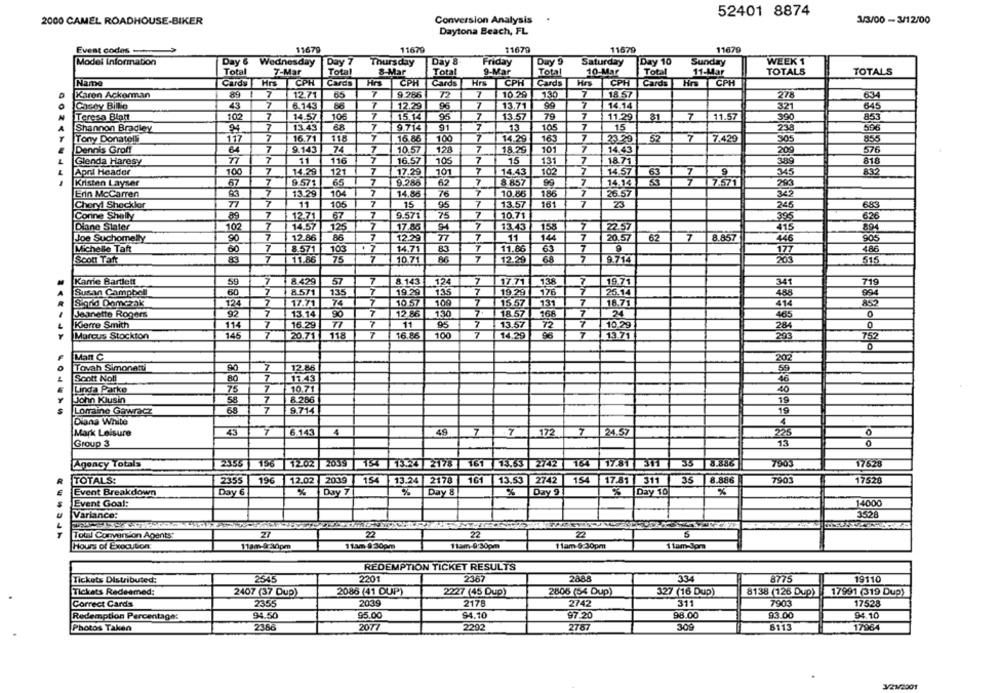
52401 8874
2000 CAMEL ROADHOUSE-BIKER
Conversion Analysis
3/3/00 - 3/12/00
Daytona Beach, FL
Event codes -
11679
11679
11679
11679
11679
Model Information
Day 6 Wednesday
Day 7
Thursday
Day 8
Friday
Dury 9
Saturday
Day 10
Sunday
WEEK 1
Total
7-Mar
Total
8-Mar
Total
9-Mar
Total
10-Mar
Total
11-Mar
TOTALS
TOTALS
Name
Cards |Hrs
CPH
Cards
Hrs CPH
Cards
Hrs
CPH
Cards
Hes CPH Cards Hrs CPH
Karen Ackerman
89
7
12.71
65
7
9 286
7
10.29
130
7
18 57
278
634
7
7
7
Casey Billie
43
6.143
86
12.29
96
13.71
99
14.14
321
Teresa Blatt
102
7
14.57
106
7
15.14
95
7
13.57
79
7
11.29
31
7
11.57
390
853
Shannon Bradley
94
7
13.49
68
7
9.714
91
7
13
105
7
15
210
Tony Donatelli
117
7
16.71
118
7
16.86
100
7
14.29
163
7
23.29
52
7
7.429
205
Dennis Groff
64
7
9.143
74
7
10.57
128
7
18.29
101
7
14.43
200
576
77
7
11
116
7
16.57
105
7
15
7
18.71
Glenda Haresy
131
April Header
100
7
14.29
121
7
17.29
101
7
14.43
102
14.57
345
832
Kristen Layser
67
7
9.571
65
7
9.286
62
8 857
7
14.14
7
7.571
Enn McCarren
93
7
13.29
104
7
14.86
76
7
10.85
186
26.57
Cheryl Sheckler
77
7
11
105
7
15
95
7
13.57
161
7
23
683
89
7
7
9.571
75
7
10.71
Corine Shelly
12.71
67
Diane Stater
102
14.57
125
17.85
94
13.43
158
22.57
7
7
62
Joe Suchomelly
90
12.86
86
12.29
77
11
144
20.57
7
8.857
905
Michelle Taft
60
7
8.571
103
14.71
83
7
11.86
7
4.86
Scon Tatt
83
7
11.86
75
7
10.71
86
7
12.29
68
7
9.714
515
Karrie Bartlett
59
8.429
57
7
8.143
124
7
17.71
138
19.71
719
Susan Campbell
60
7
85/1
7
19 29
135
7
19.29
176
25.14
135
Sigrid Domczak
124
17.71
74
10 57
109
7
15.57
131
7
18.71
92
7
13.14
7
12 86
130
7.
7
2
Jeanette Rogers
90
18.57
168
0
Kierre Smith
114
7
16.29
77
7
11
95
7
13.57
72
7
10.29
Marcus Stockton
145
7
20.71 118
7
16.86
100
7
14.29
7
752
Man C
Tovah Simonetti
7
12.86
Scott Noll
7
11.43
7
10.71
Linda Parke
75
John Klusin
58
7
8.286
7
............
Lomaine Gawracz
9.714
Diana White
7
Mark Leisure
7
6.143
4
49
7
7
172
24.57
28
Group 3
Agency Totals
2355 196 12.02
2039 154 13.24 2178
161 15.63 2/42 164 17.81 311
33 8.886
176.28
2009
161
TOTALS:
2355
196
12.02
154
13.24
2178
13.53
2742
154
17.81 311
35
8.886
17528
Event Breakdown
Day 6
%
Day Z
%
Day 8
%
Day 9
% Day 10
%
Event Goal:
14000
3528
Variance:
27
22
22
22
5
Total Conversion Agents
Hours of Execution
11am-Granpm
11am 8:30pm
11am-0:30pm
1 1am-6:30pm
1 1am-Jor
REDEMPTION TICKET RESULTS
Tickets Distributed:
2545
2201
2367
288.8
334
8775
19110
Tickets Redeemed:
2407 (37 Dup)
2086 (41 DUP)
2227 (45 Dup)
2806 (54 Dup)
327 (16 Dup)
8138 (126 Dup)
17991 (319 Dup)
Correct Cards
2355
2039
2175
2742
311
7903
17525
Redemption Percentage:
94.50
95.00
94.10
97.20
98.00
93.00
94.10
Photos Taken
23.88
2077
2292
2787
309
8113
17964
V/2001